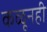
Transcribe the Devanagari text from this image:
कळूनही